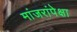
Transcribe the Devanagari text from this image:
मांजरांपेक्षा